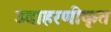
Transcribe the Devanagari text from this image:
उदाहरणीकृत